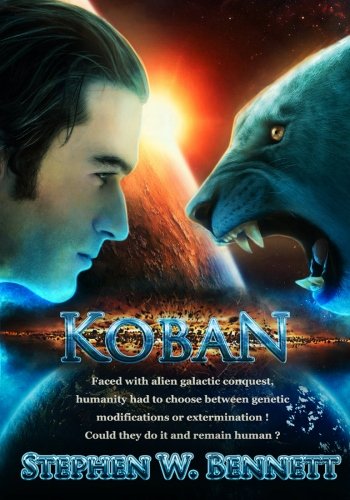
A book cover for Koban; Stephen W Bennett; Science Fiction & Fantasy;